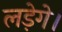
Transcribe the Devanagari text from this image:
लड़ेगे।